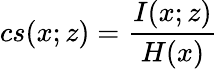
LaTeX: cs(x;z)=\frac{I(x;z)}{H(x)}